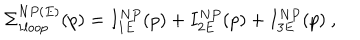
\Sigma _ { 1 l o o p } ^ { N P ( E ) } ( p ) = I _ { 1 E } ^ { N P } ( p ) + I _ { 2 E } ^ { N P } ( p ) + I _ { 3 E } ^ { N P } ( p ) ~ ,